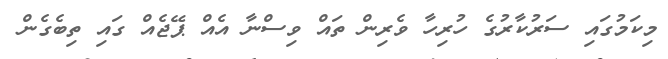
މިކަމުގައި ސަރުކާރުގެ ހުރިހާ ވެރިން ތައް ވިސްނާ އެއް ޕޭޖެއް ގައި ތިބެގެން